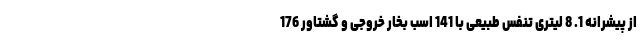
از پیشرانه 1. 8 لیتری تنفس طبیعی با 141 اسب بخار خروجی و گشتاور 176